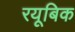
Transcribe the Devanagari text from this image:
रयूबिक